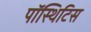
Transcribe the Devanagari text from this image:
पॉस्थिटिस